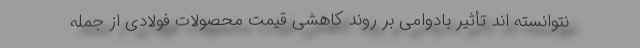
نتوانسته اند تأثیر بادوامی بر روند کاهشی قیمت محصولات فولادی از جمله